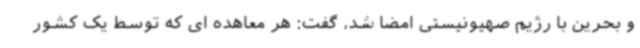
و بحرین با رژیم صهیونیستی امضا شد، گفت: هر معاهده ای که توسط یک کشور